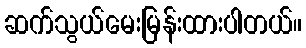
ဆက်သွယ်မေးမြန်းထားပါတယ်။